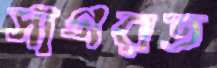
সাগরত